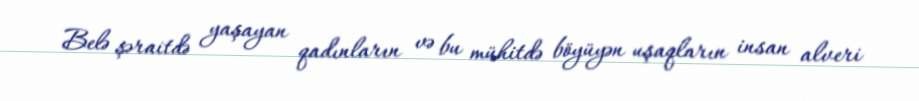
Belə şəraitdə yaşayan qadınların və bu mühitdə böyüyən uşaqların insan alveri